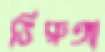
ভিরুঙ্গা